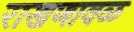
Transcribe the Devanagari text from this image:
राखणावळ